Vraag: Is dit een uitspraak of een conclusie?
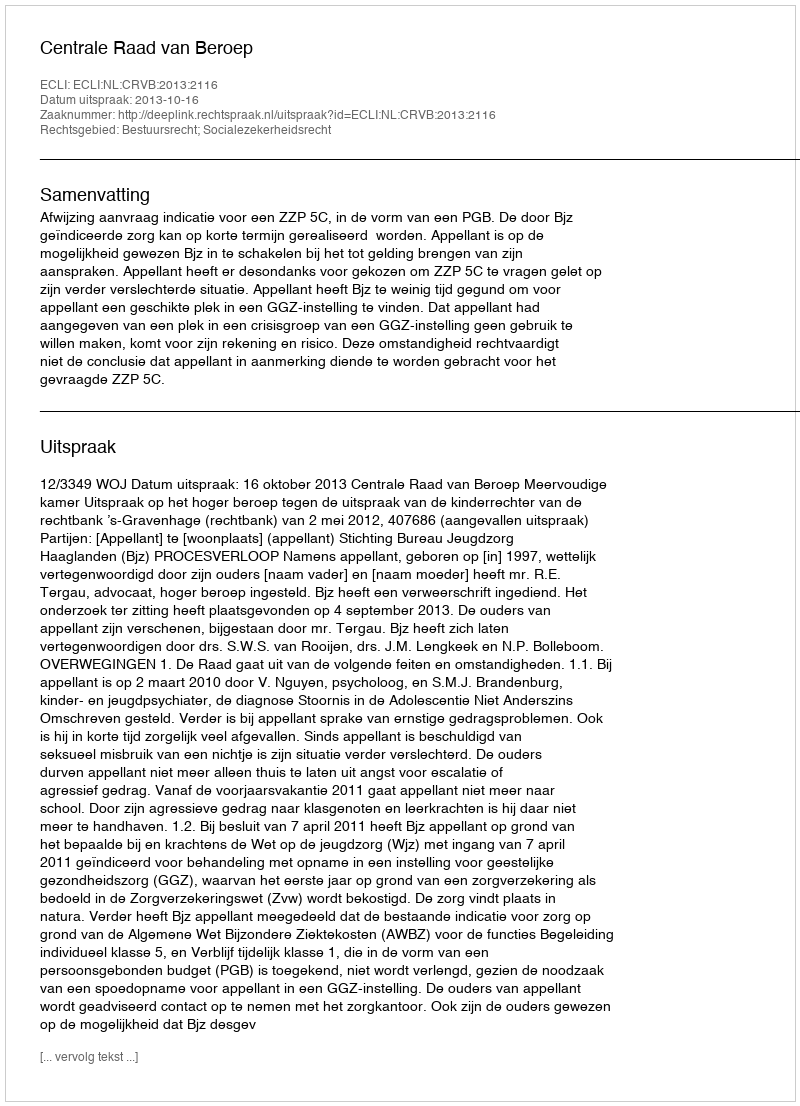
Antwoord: Uitspraak